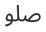
صلو